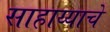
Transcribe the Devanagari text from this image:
साहाय्याचे